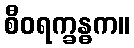
စီဝရက္ခန္ဓက။